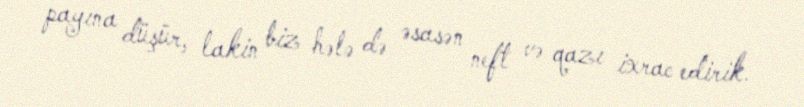
payına düşür, lakin biz hələ də əsasən neft və qazı ixrac edirik.